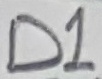
Text: D1